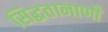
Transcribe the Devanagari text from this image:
सिद्धतानाणी